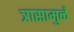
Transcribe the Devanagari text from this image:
त्रासामुळें